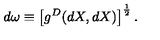
d \omega \equiv \left[ g ^ { D } ( d X , d X ) \right] ^ { \frac { 1 } { 2 } } .